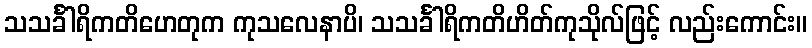
သသင်္ခါရိကတိဟေတုက ကုသလေနာပိ၊ သသင်္ခါရိကတိဟိတ်ကုသိုလ်ဖြင့် လည်းကောင်း။